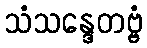
သံသန္ဒေတဗ္ဗံ